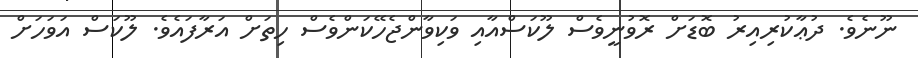
ނޫނެވެ. ދުޢާކުރިއިރު ބޮޑަށް ރޮވުނީވެސް ލޫކަސްއާއި ވަކިވާންޖެހޭކަންވެސް ހިތަށް އަރާފައެވެ. ލޫކަސް އަވަހަށް